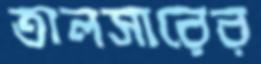
তালসারের